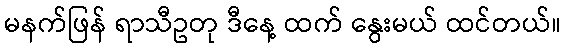
မနက်ဖြန် ရာသီဥတု ဒီနေ့ ထက် နွေးမယ် ထင်တယ်။